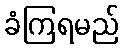
ခံကြရမည်